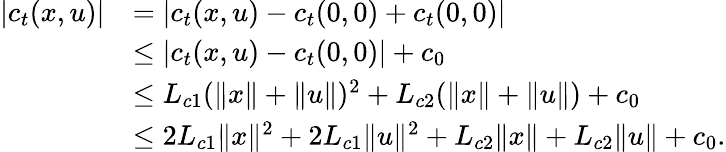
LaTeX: \begin{array}{rl}{|c_{t}(x,u)|}&{=|c_{t}(x,u)-c_{t}(0,0)+c_{t}(0,0)|}\\ &{\leq|c_{t}(x,u)-c_{t}(0,0)|+c_{0}}\\ &{\leq L_{c1}(\| x\| +\| u\| )^{2}+L_{c2}(\| x\| +\| u\| )+c_{0}}\\ &{\leq 2L_{c1}\| x\| ^{2}+2L_{c1}\| u\| ^{2}+L_{c2}\| x\| +L_{c2}\| u\| +c_{0}.}\end{array}